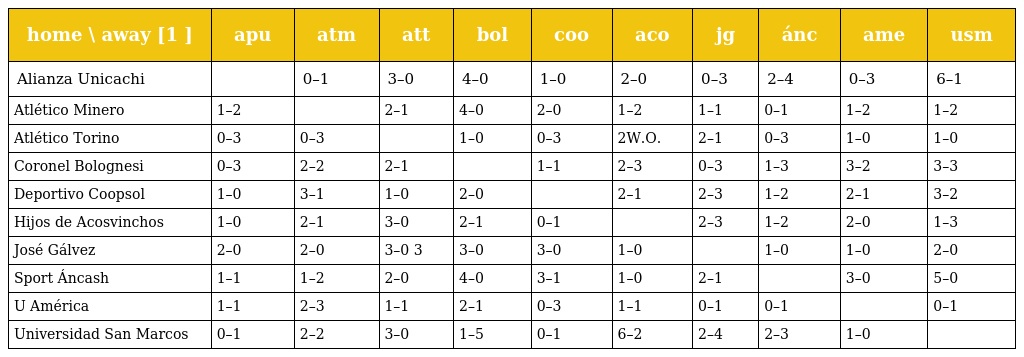
| home \ away [1 ] | apu | atm | att | bol | coo | aco | jg | ánc | ame | usm |
 | --- | --- | --- | --- | --- | --- | --- | --- | --- | --- | --- |
 | Alianza Unicachi |  | 0–1 | 3–0 | 4–0 | 1–0 | 2–0 | 0–3 | 2–4 | 0–3 | 6–1 |
 | Atlético Minero | 1–2 |  | 2–1 | 4–0 | 2–0 | 1–2 | 1–1 | 0–1 | 1–2 | 1–2 |
 | Atlético Torino | 0–3 | 0–3 |  | 1–0 | 0–3 | 2W.O. | 2–1 | 0–3 | 1–0 | 1–0 |
 | Coronel Bolognesi | 0–3 | 2–2 | 2–1 |  | 1–1 | 2–3 | 0–3 | 1–3 | 3–2 | 3–3 |
 | Deportivo Coopsol | 1–0 | 3–1 | 1–0 | 2–0 |  | 2–1 | 2–3 | 1–2 | 2–1 | 3–2 |
 | Hijos de Acosvinchos | 1–0 | 2–1 | 3–0 | 2–1 | 0–1 |  | 2–3 | 1–2 | 2–0 | 1–3 |
 | José Gálvez | 2–0 | 2–0 | 3–0 3 | 3–0 | 3–0 | 1–0 |  | 1–0 | 1–0 | 2–0 |
 | Sport Áncash | 1–1 | 1–2 | 2–0 | 4–0 | 3–1 | 1–0 | 2–1 |  | 3–0 | 5–0 |
 | U América | 1–1 | 2–3 | 1–1 | 2–1 | 0–3 | 1–1 | 0–1 | 0–1 |  | 0–1 |
 | Universidad San Marcos | 0–1 | 2–2 | 3–0 | 1–5 | 0–1 | 6–2 | 2–4 | 2–3 | 1–0 |  |